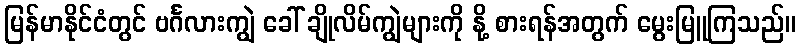
မြန်မာနိုင်ငံတွင် ဗင်္ဂလားကျွဲ ခေါ် ချိုလိမ်ကျွဲများကို နို့ စားရန်အတွက် မွေးမြူကြသည်။